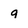
Character: q